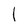
Character: l